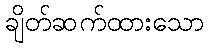
ချိတ်ဆက်ထားသော